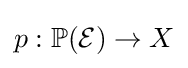
p:\mathbb {P} ({\mathcal {E}})\to X